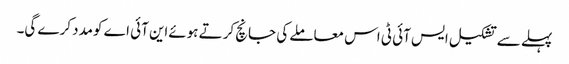
پہلے سے تشکیل ایس آئی ٹی اس معاملے کی جانچ کرتے ہوئےاین آئی اے کومدد کرے گی۔